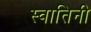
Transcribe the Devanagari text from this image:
स्वातिनी